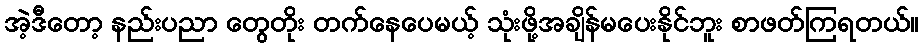
အဲ့ဒီတော့ နည်းပညာ တွေတိုး တက်နေပေမယ့် သုံးဖို့အချိန်မပေးနိုင်ဘူး စာဖတ်ကြရတယ်။